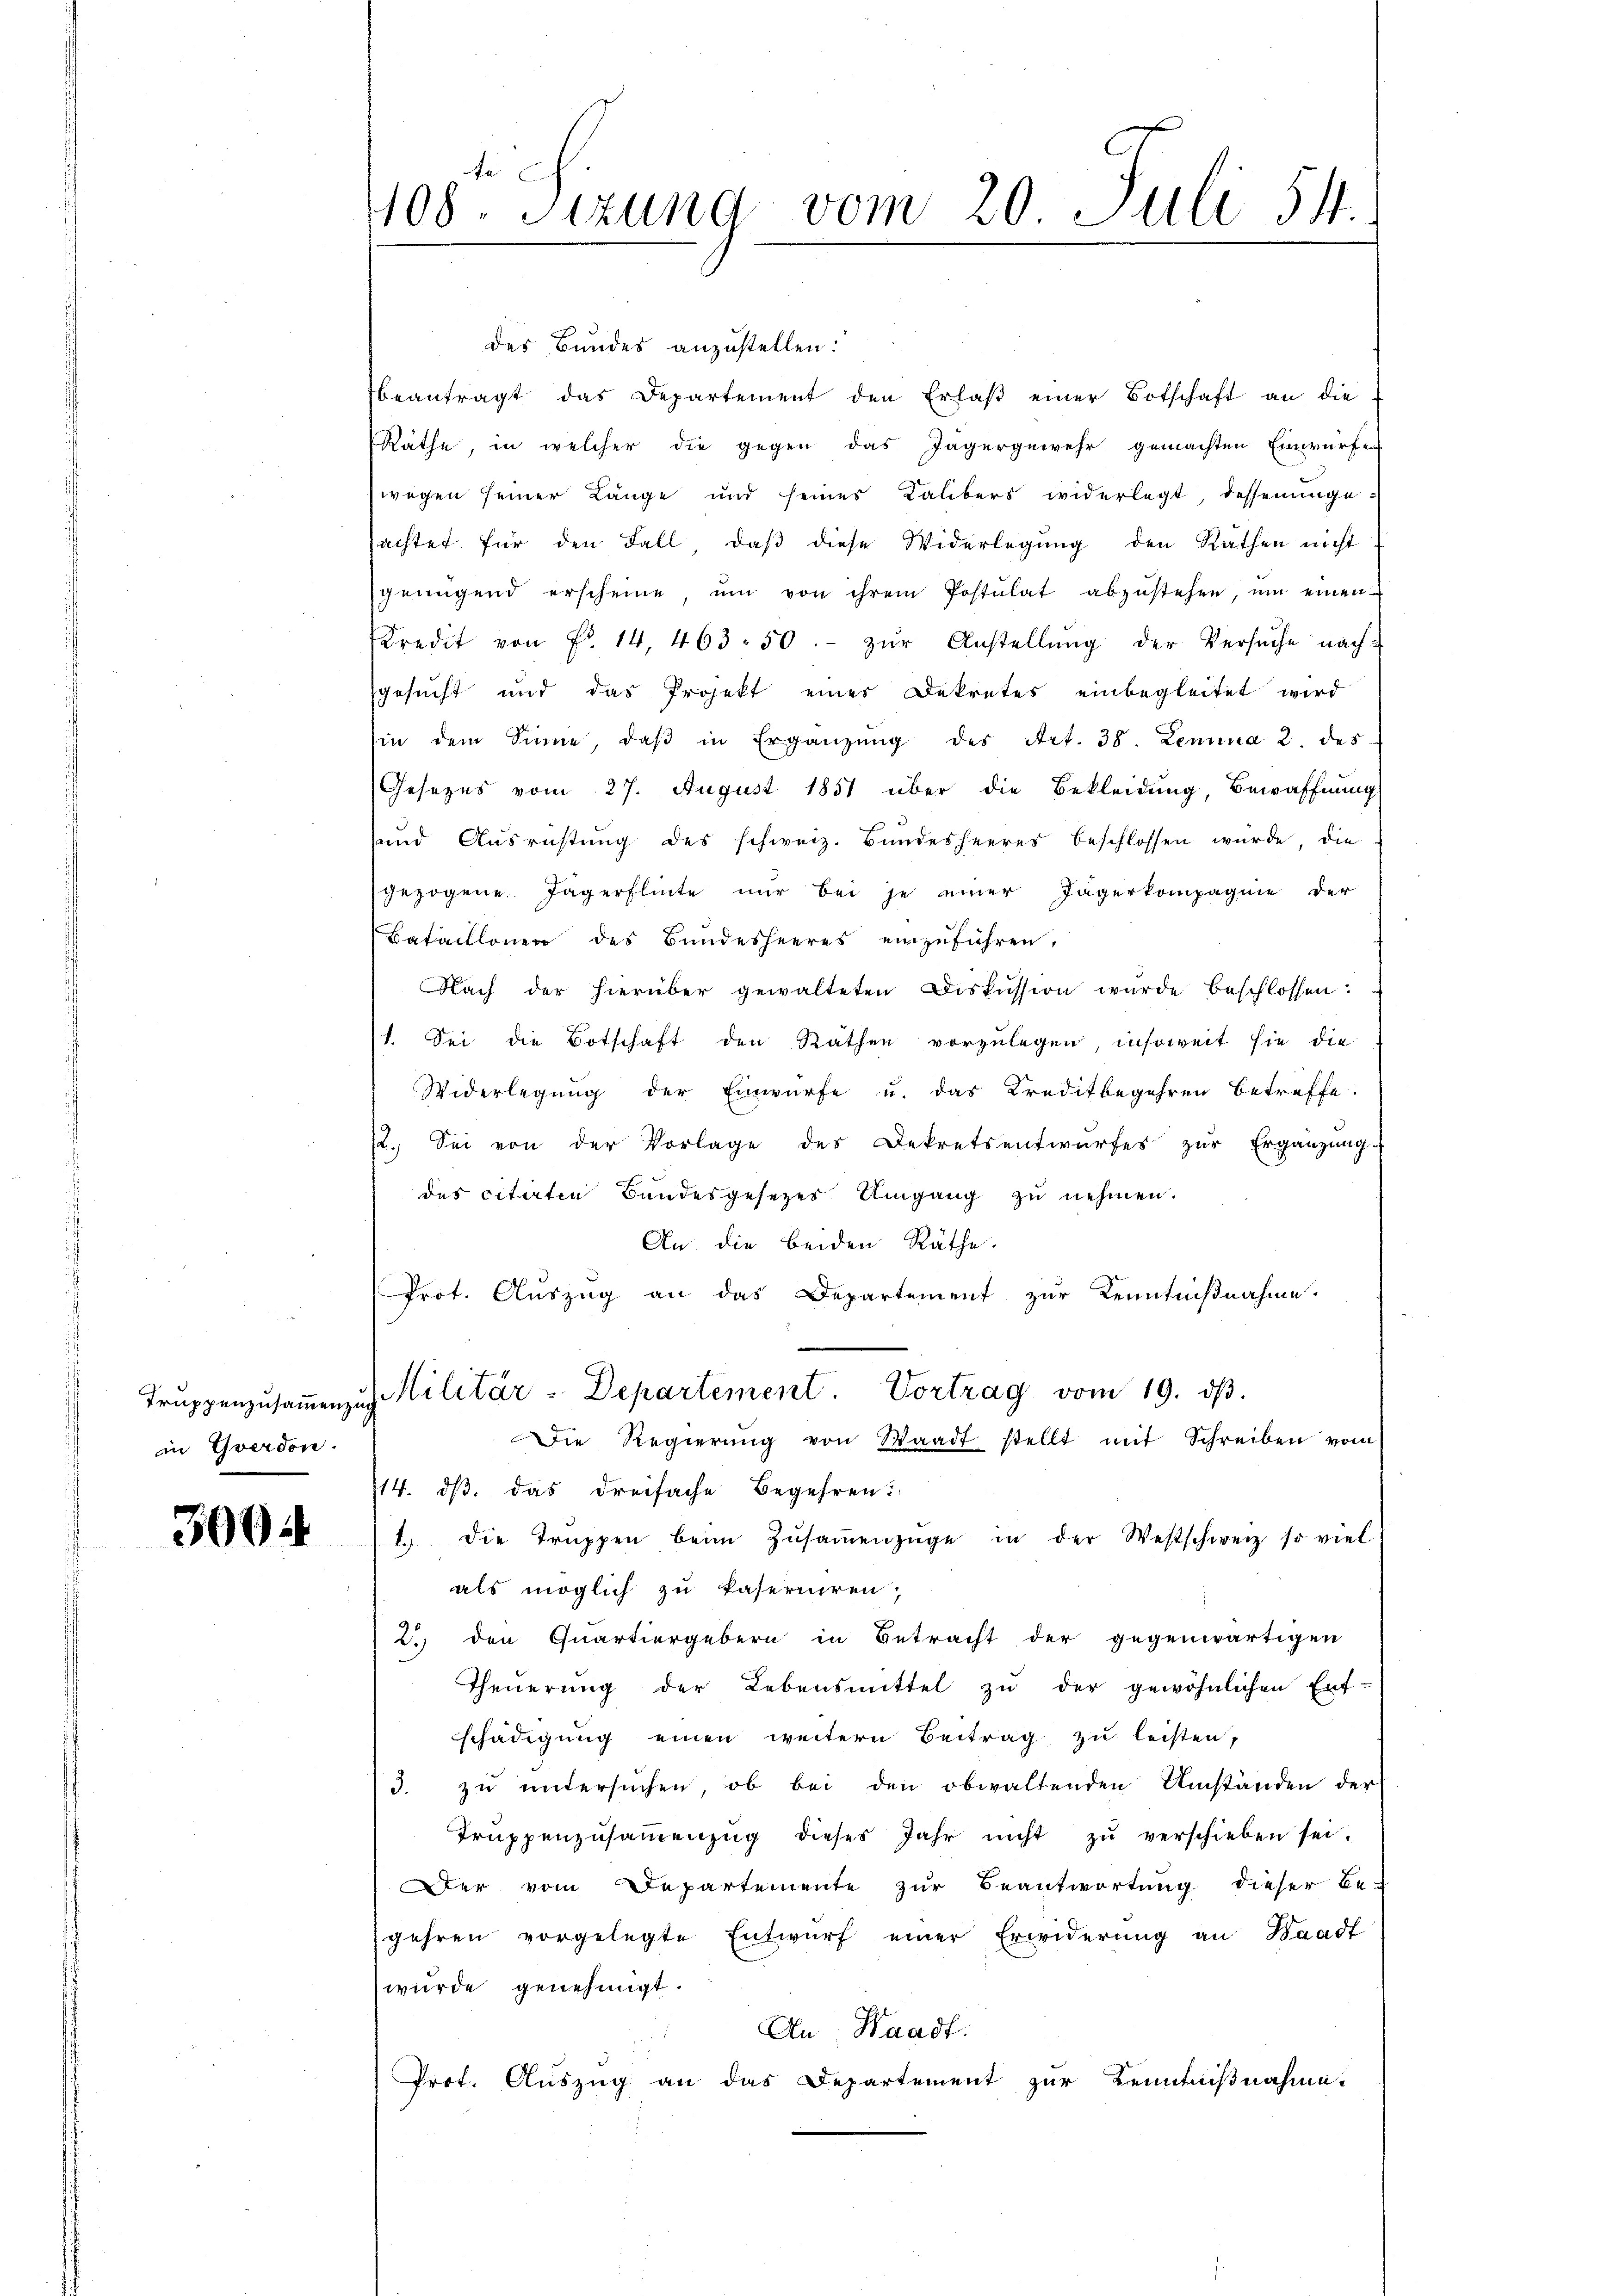
Truppenzusammenzug
in Yverdon.

3004

te
408. Sizung vom 20. Juli 54
.

des Bundes anzustellen:
beantragt das Departement den Erlaβ einer Botschaft an die
Räthe, in welcher die gegen das Jägergewehr gemachten Einwürfe
wegen seiner Länge und seines Kalibers widerlegt, dessenungeachtet für den Fall, daß diese Widerlegung den Rathen nicht
genügend erscheine, ŭm von ihrem Postulat abzŭstehen, ŭm einen
Kredit von Fr. 14, 463. 50.- zur Anstellung der Versuche nach-
gesucht und das Projekt einer Dekretes einbegleitet wird
sin dem Sinne, daβ in Ergänzŭng des Art. 38. Lemina 2. des
Gesezes vom 27. August 1851 über die Bekleidung, Bewaffnung
und Ausrüstung des schweiz. Bŭndesheeres beschlossen wurde, die
gezogene Jägerflinte nur bei je einer Jägerkompagnie der
Bataillonen des Bundesheeres einzuführen,
Nach der hierüber gewalteten Diskussion wurde beschlossen:
(1. Sei die Botschaft den Räthen vorzulegen insoweit sie die
Widerlegung der Einwürfe u. das Kreditbegehren betreffe.
12. Sei von der Vorlage des Dekretsentwŭrfes zŭr Ergänzŭng
des citirten Bundesgesetzes Umgang zu nehmen.
An die beiden Räthe.
Prot. Auszug an das Departement zur Kenntnißnahme.
Militär-Departement. Vortrag vom 19. dβ.
Die Regierŭng von Waadt stellt mit Schreiben vom
14. dß das dreifache Begehren:
1.) Die Trŭppen beim Zŭsaṁenzüge in der Westschweiz so viel
als möglich zu kaseruiren.
2.) den Quartiergebern in Betracht der gegenwärtigen
Theŭerŭng der Lebensmittel zu der gewöhnlichen Ent-
schädigung einen weitern Beitrag zu leisten,
3. zu untersuchen, ob bei den obwaltenden Umständen der
Trŭppenzŭsaṁenzŭg dieses Jahr nicht zŭ verschieben sei.
Der vom Departemente zur Beantwortung dieser Be-
gehren vorgelegte Entwurf einer Erwiderung an Waadt
wurde genehmigt.
An Waadt.
Prot. Auszug an das Departement zur Kenntnißnahme